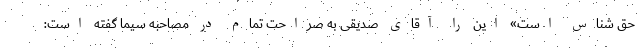
حق شناس است» این را آقای صدیقی به صراحت تمام در مصاحبه سیما گفته است: